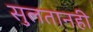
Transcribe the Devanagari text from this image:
सुलतानही